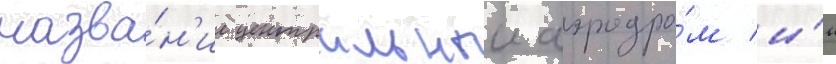
назва́н'ие центральныи аэродро́м и́м